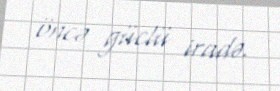
öncə güclü iradə.